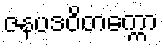
ဇနပဒဝိတက္ကော